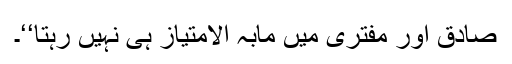
صادق اور مفتری میں مابہ الامتیاز ہی نہیں رہتا‘‘۔